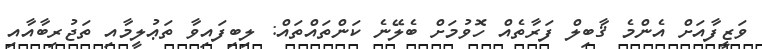
ވަޒީފާއަށް އެންމެ ޤާބިލް ފަރާތެއް ހޮވުމަށް ބެލޭނެ ކަންތައްތައް: ލިބިފައިވާ ތަޢުލީމާއި ތަޖުރިބާއާއި